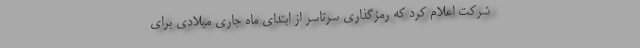
شرکت اعلام کرد که رمزگذاری سرتاسر از ابتدای ماه جاری میلادی برای